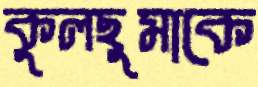
কুলছুমাকে